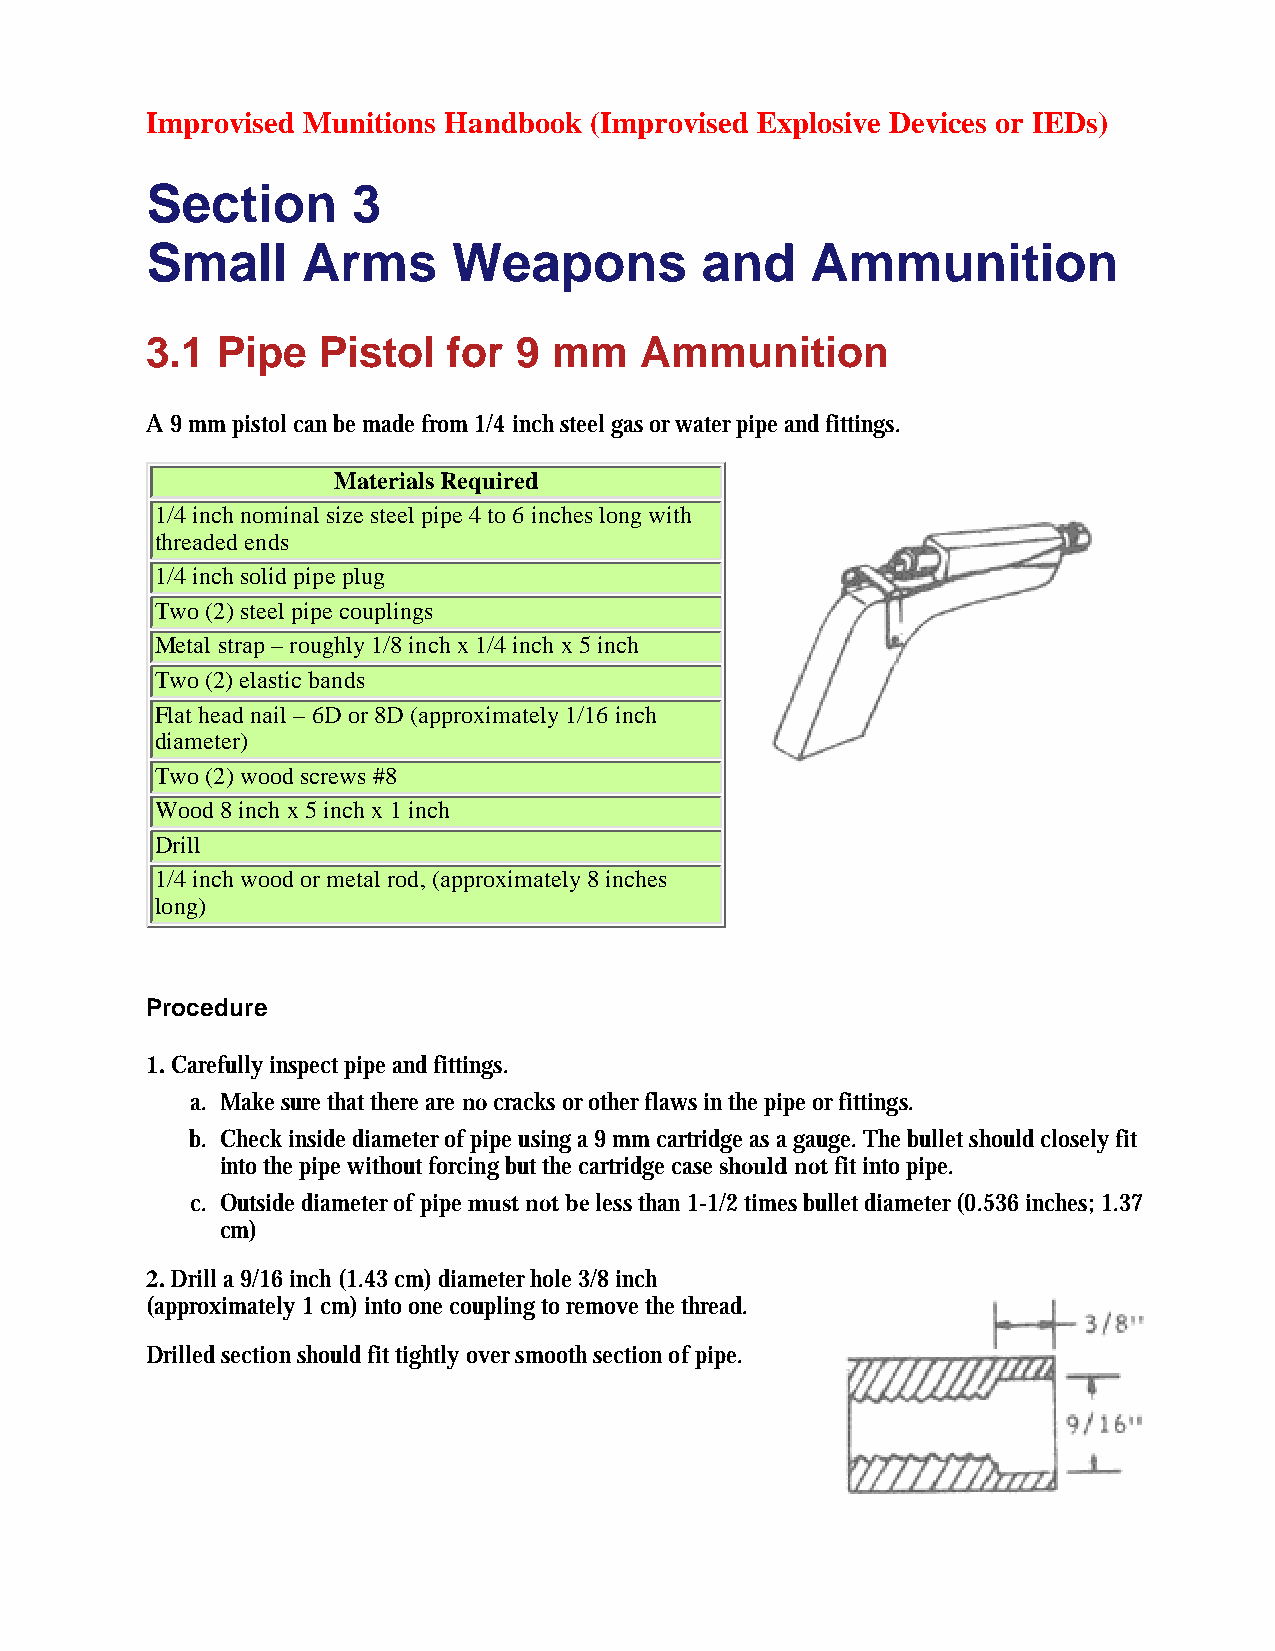
Improvised Munitions Handbook (Improvised Explosive Devices or IEDs)
 Section      3
 Small     Arms      Weapons         and     Ammunition
 3.1 Pipe   Pistol   for 9  mm   Ammunition
 A 9 mm pistol can be made from 1/4 inch steel gas or water pipe and fittings.
 Materials Required
 1/4 inch nominal size steel pipe 4 to 6 inches long with
 threaded ends
 1/4 inch solid pipe plug
 Two (2) steel pipe couplings
 Metal strap – roughly 1/8 inch x 1/4 inch x 5 inch
 Two (2) elastic bands
 Flat head nail – 6D or 8D (approximately 1/16 inch
 diameter)
 Two (2) wood screws #8
 Wood 8 inch x 5 inch x 1 inch
 Drill
 1/4 inch wood or metal rod, (approximately 8 inches
 long)
 Procedure
 1. Carefully inspect pipe and fittings.
 a. Make sure that there are no cracks or other flaws in the pipe or fittings.
 b. Check inside diameter of pipe using a 9 mm cartridge as a gauge. The bullet should closely fit
 into the pipe without forcing but the cartridge case should not fit into pipe.
 c. Outside diameter of pipe must not be less than 1-1/2 times bullet diameter (0.536 inches; 1.37
 cm)
 2. Drill a 9/16 inch (1.43 cm) diameter hole 3/8 inch
 (approximately 1 cm) into one coupling to remove the thread.
 Drilled section should fit tightly over smooth section of pipe.